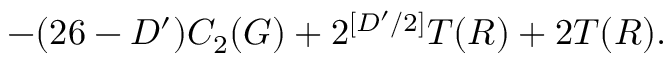
- ( 2 6 - D ^ { \prime } ) C _ { 2 } ( G ) + 2 ^ { [ D ^ { \prime } / 2 ] } T ( R ) + 2 T ( R ) .